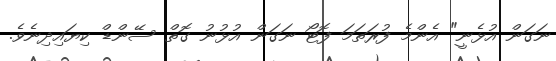
ނަގަން އުޅެނީ" އެންމެ ފުރަތަމަ ފޮޓޯ ނަގަން އުޅުނު ގޮތް ސޭންޑް ކިޔައިދިނެވެ.